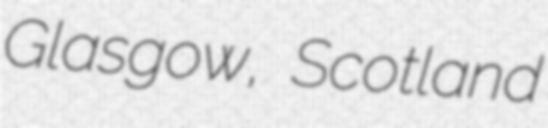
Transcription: Glasgow, Scotland